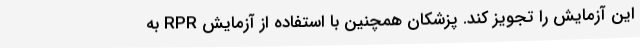
این آزمایش را تجویز کند. پزشکان همچنین با استفاده از آزمایش RPR به